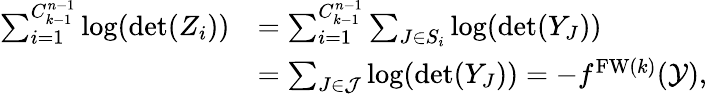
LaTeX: \begin{array}{rl}{\sum_{i=1}^{{C_{k-1}^{n-1}}}\log(\operatorname*{det}(Z_{i}))}&{=\sum_{i=1}^{{C_{k-1}^{n-1}}}\sum_{J\in S_{i}}\log(\operatorname*{det}(Y_{J}))}\\ &{=\sum_{J\in\mathcal{J}}\log(\operatorname*{det}(Y_{J}))=-f^{\mathrm{FW}(k)}(\mathcal{Y}),}\end{array}